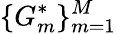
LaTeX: \{ G_{m}^{*}\} _{m=1}^{M}